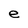
Character: e